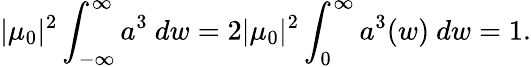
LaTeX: |\mu_{0}|^{2}\int_{-\infty}^{\infty}a^{3}~dw=2|\mu_{0}|^{2}\int_{0}^{\infty}a^{3}(w)~dw=1.